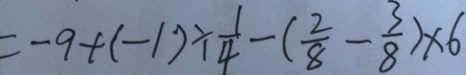
= - 9 + ( - 1 ) \div \frac { 1 } { 4 } - ( \frac { 2 } { 8 } - \frac { 3 } { 8 } ) \times 6